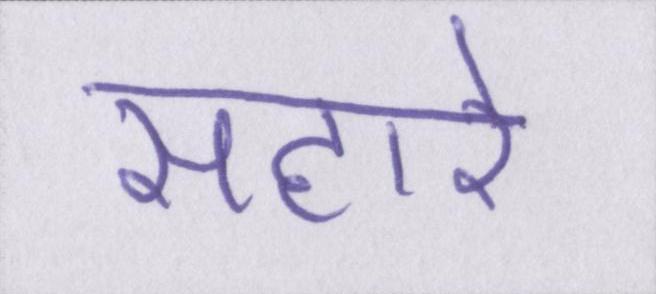
सहारे